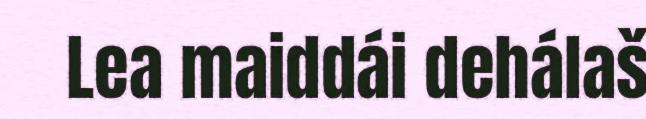
Lea maiddái dehálaš